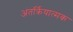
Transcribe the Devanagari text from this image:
अंतर्क्रियात्मक